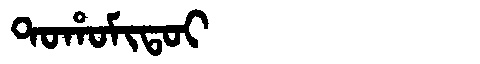
Manchu: ᡨᠣᡥᠣᠮᡳᡨᠣᡳ
Romanization: TOHOMITOI